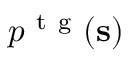
p ^ { \mathrm { ~ t ~ g ~ } } ( \mathbf { s } )